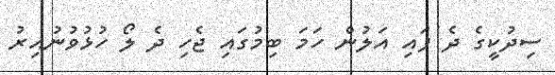
ސިދުކީގެ ދެ ފައި އަލުން ހަމަ ބިމުގައި ޖެހި ދެ ލޯ ހުޅުވުނުއިރު